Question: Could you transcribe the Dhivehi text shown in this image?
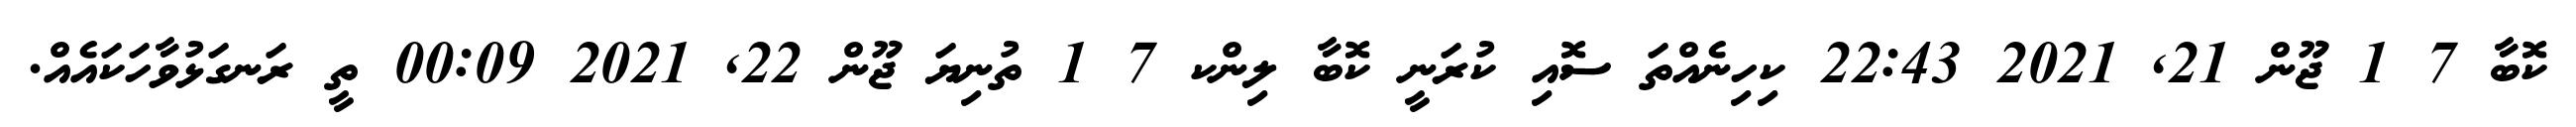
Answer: ކޮބާ 7 1 ޖޫން 21, 2021 22:43 ކިހިނެއްތަ ސޮއި ކުރަނީ ކޮބާ ލިންކ 7 1 ތުނިޔަ ޖޫން 22, 2021 00:09 ތީ ރަނގަޅުވާހަކައެއް.